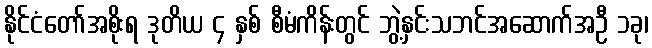
နိုင်ငံတော်အစိုးရ ဒုတိယ ၄ နှစ် စီမံကိန်းတွင် ဘွဲ့နှင်းသဘင်အဆောက်အဦ ၁ခု၊